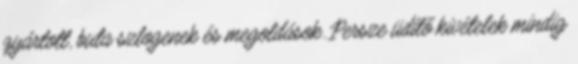
gyártott, buta szlogenek és megoldások. Persze üdítő kivételek mindig